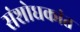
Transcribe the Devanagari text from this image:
संशोधकांत